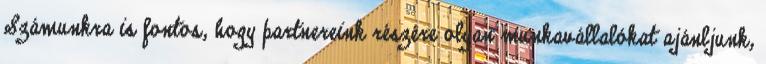
Számunkra is fontos, hogy partnereink részére olyan munkavállalókat ajánljunk,